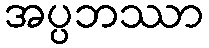
အပ္ပဘဿာ